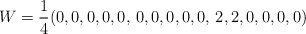
\begin{align*}W=\frac 14(0,0,0,0,0, \, 0,0,0,0,0,\, 2,2,0,0,0,0)\end{align*}